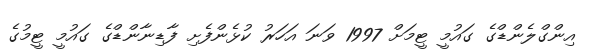
އިންގްލެންޑްގެ ގައުމީ ޓީމަށް 1997 ވަނަ އަހަރު ކުޅެންފެށި ފާޑިނާންޑްގެ ގައުމީ ޓީމުގެ